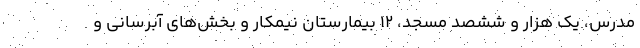
مدرس، یک هزار و ششصد مسجد، ۱۲ بیمارستان نیمکار و بخش‌های آبرسانی و